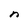
Character: n